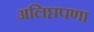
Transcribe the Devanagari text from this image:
अलिप्तपणा